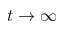
t \to \infty